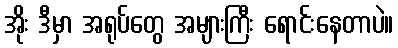
အိုး ဒီမှာ အရုပ်တွေ အများကြီး ရောင်းနေတာပဲ။